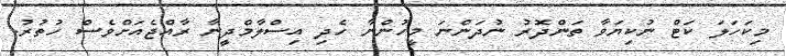
މިކަހަލަ ކަޓް ނުކިޔަވާ ތަންދޮރު ނުދަންނަ މީހުންނާ ހެދި އިސްލާމްދީނާ ރާއްޖެއަށްވެސް ހުތުރު.